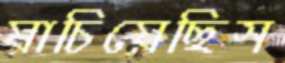
যাচিয়েছিস